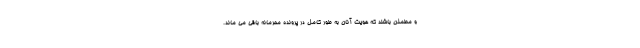
و مطمئن باشند که هویت آنان به طور کامل در پرونده محرمانه باقی می ماند.